system: You are a helpful assistant.
user:
Analyze the provided spectrum to determine if it is a **M-type Giant (gM)**.

A M-type Giant spectrum is defined by its **strong molecular absorption** features, particularly from **Titanium Oxide (TiO)**. You must check for one of the following mutually exclusive signatures:

- **Key Visual Indicators (Absorption-Dominated Spectrum):**

    - **(Primary):** The spectrum is dominated by strong molecular absorption from **Titanium Oxide (TiO)**. This is the **defining feature** of its M-type temperature class.
        - **(Key Bandheads):** Look for sharp, "saw-tooth" absorption valleys. The strongest are located near **~7050 Å**, **~6160 Å**, and **~5170 Å**.
        - **(Line Profile):** The "saw-tooth" morphology is critical: a **sharp, steep drop on the BLUE (short-wavelength) side** of the bandhead, followed by a gradual recovery (rising flux) towards the RED (long-wavelength) side.

    - **(Key Confirmation - Giant vs. Dwarf):** **ABSENCE** of strong **Calcium Hydride (CaH)** molecular bands. This is the primary diagnostic for *excluding* M-dwarfs.
        - **(Key Region):** The spectrum should lack the strong, broad absorption band seen in dwarfs between **~6800 Å and ~7000 Å**.

    - **(Secondary Confirmation - Giant):** A very strong and broad **Neutral Calcium (Ca I)** atomic absorption line.
        - **(Key Line):** Located at **~4226 Å**. In a giant (gM), this line is significantly deeper and broader than the same line in an M-dwarf (dM) due to low surface gravity.

    - **(Overall Spectrum):**
        - The continuum is **extremely red-sloping** (i.e., flux is very low in the blue and rises dramatically towards the red).
        - The entire spectrum appears "chopped up" by the deep TiO bands.

Think first, call **spectral_visualization_tool** if needed to examine features in detail, then provide your final answer. Your response must adhere to the following strict rules:
1.  **Overall Structure:** Your response must follow the format `<think>...</think> <tool_call>...</tool_call> (if a tool is used) <answer>...</answer>`.
2.  **Tool Usage Constraint:** You may only make **one** tool call per turn.
3.  **Final Answer Format:** In the `<answer>` tag, your conclusion must be inside a `\boxed{}` command (e.g., `\boxed{YES}` or `\boxed{NO}`), followed by your justification.

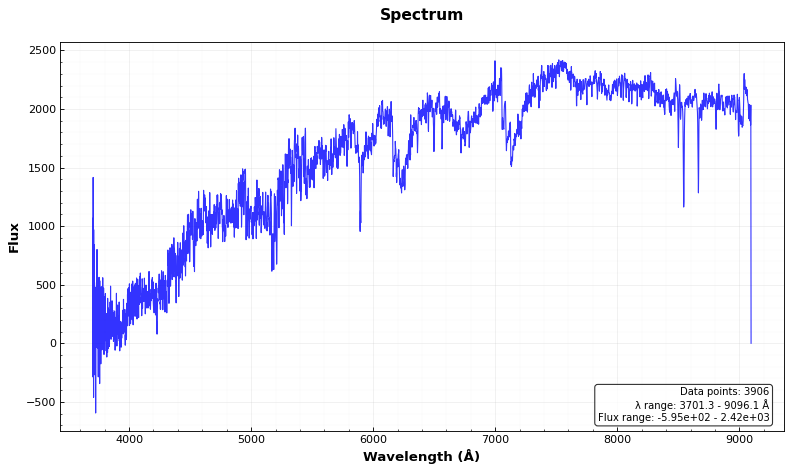
Answer: YES